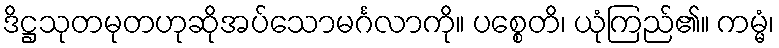
ဒိဋ္ဌသုတမုတဟုဆိုအပ်သောမင်္ဂလာကို။ ပစ္စေတိ၊ ယုံကြည်၏။ ကမ္မံ၊